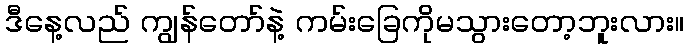
ဒီနေ့လည် ကျွန်တော်နဲ့ ကမ်းခြေကိုမသွားတော့ဘူးလား။